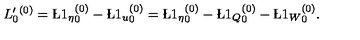
L _ { 0 } ^ { \prime } ^ { ( 0 ) } = { \L 1 _ { \eta } } _ { 0 } ^ { ( 0 ) } - { \L 1 _ { u } } _ { 0 } ^ { ( 0 ) } = { \L 1 _ { \eta } } _ { 0 } ^ { ( 0 ) } - { \L 1 _ { Q } } _ { 0 } ^ { ( 0 ) } - { \L 1 _ { W } } _ { 0 } ^ { ( 0 ) } .